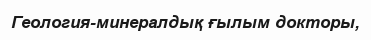
Геология-минералдық ғылым докторы,